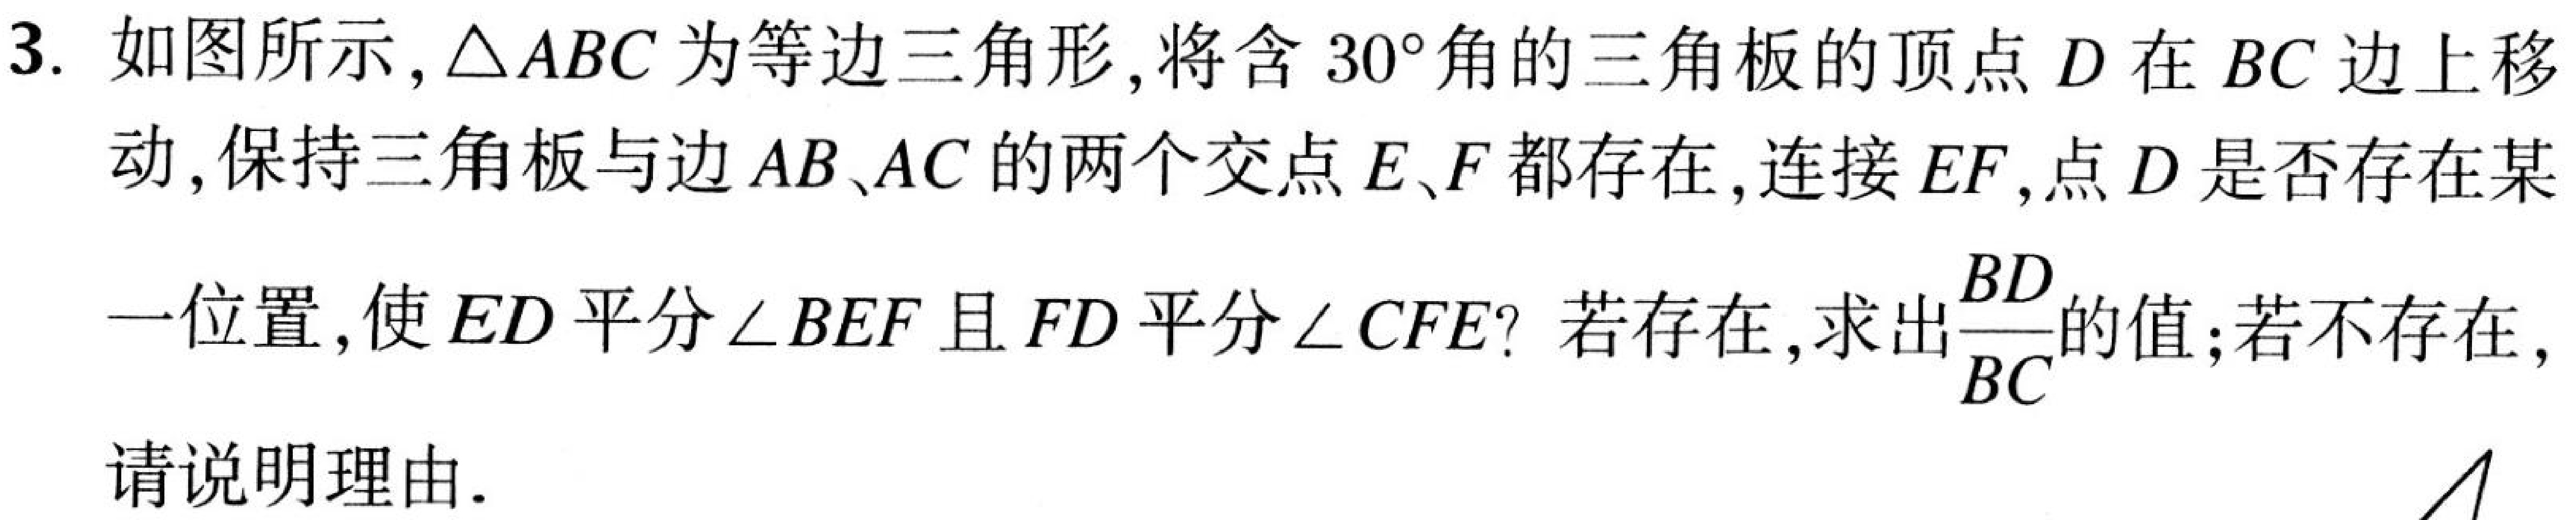
3. 如图所示，\(\triangle ABC\)为等边三角形，将含\(30^{\circ}\)角的三角板的顶点\(D\)在\(BC\)边上移动，保持三角板与边\(AB\)、\(AC\)的两个交点\(E\)、\(F\)都存在，连接\(EF\)，点\(D\)是否存在某一位置，使\(ED\)平分\(\angle BEF\)且\(FD\)平分\(\angle CFE\)？若存在，求出\(\frac{BD}{BC}\)的值；若不存在，请说明理由.